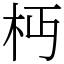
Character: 𣏜